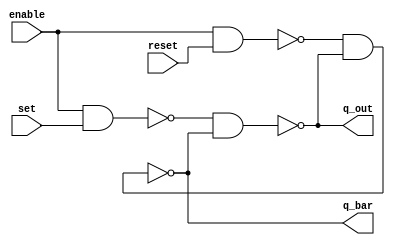
module clocked_sr_behave(enable, set, reset, q_out,q_bar);
input enable, set, reset;
output reg q_out, q_bar;
reg i, j;

always@(enable, set, reset)
 begin
   i=~(enable&set);
   j=~(enable&reset);
   q_bar=~(j&q_out);
   q_out=~(i&q_bar);
 end
endmodule